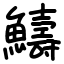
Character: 䲖